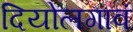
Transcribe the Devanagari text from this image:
दियोलगावं